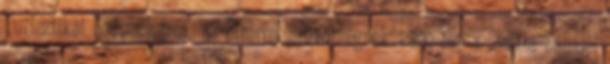
Turisztikai Egyesületnek, az Éttermi Szövetségnek. 2000-ben a „Snitta Sámuel